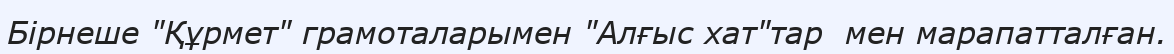
Бірнеше "Құрмет" грамоталарымен "Алғыс хат"тар  мен марапатталған.